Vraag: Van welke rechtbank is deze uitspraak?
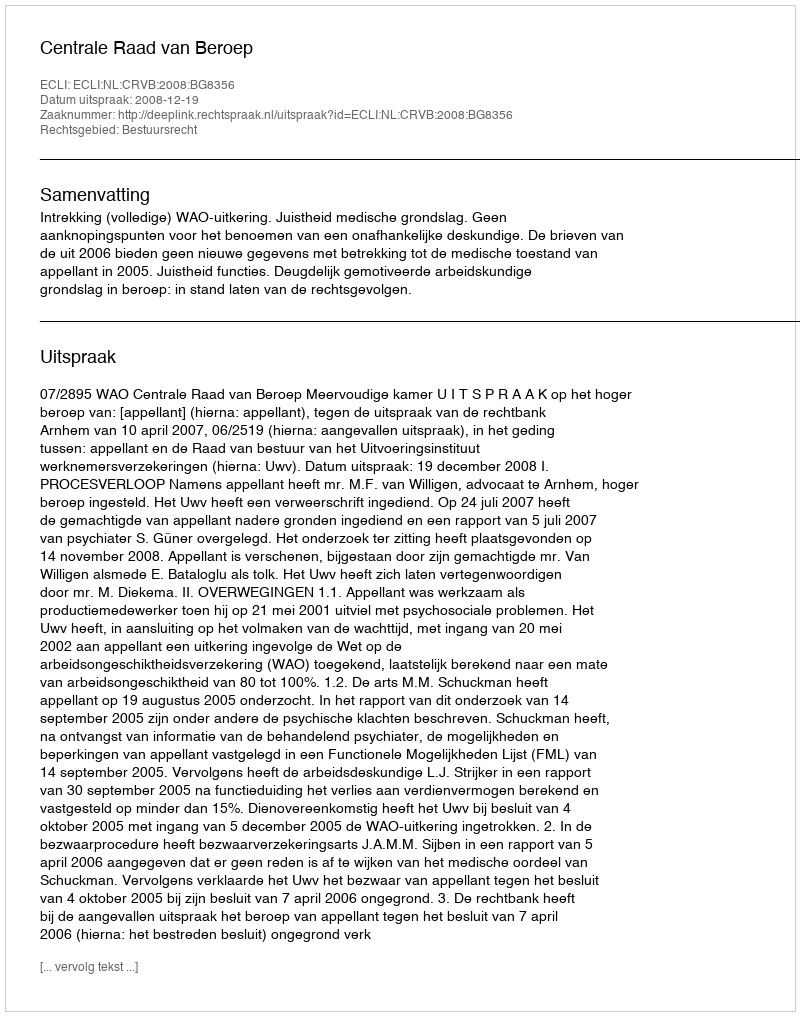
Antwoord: Centrale Raad van Beroep